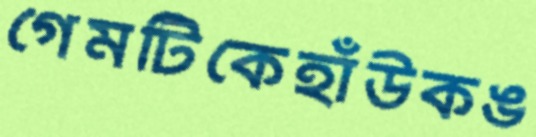
গেমটিকেহাঁউকঙ